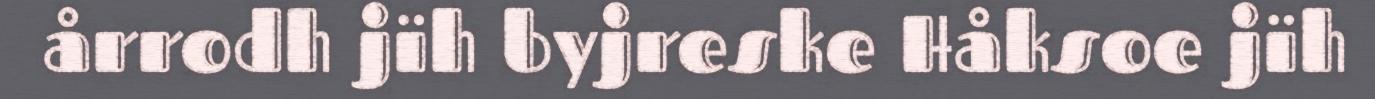
årrodh jïh byjreske Håksoe jïh